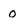
Character: 0